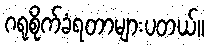
ဂရုစိုက်ခံရတာများပတယ်။